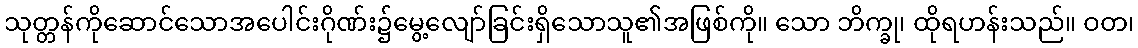
သုတ္တန်ကိုဆောင်သောအပေါင်းဂိုဏ်း၌မွေ့လျော်ခြင်းရှိသောသူ၏အဖြစ်ကို။ သော ဘိက္ခု၊ ထိုရဟန်းသည်။ ဝတ၊